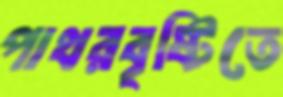
পাথরবৃষ্টিতে